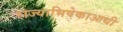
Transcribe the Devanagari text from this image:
राज्याभिषेकाआधी